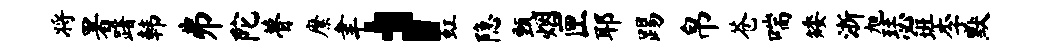
将署躇韩井陀瞢縻聿，虹隐甄烟匣耶踢帛苍喘矮浙旭瑟班李默